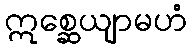
ဣစ္ဆေယျာမဟံ